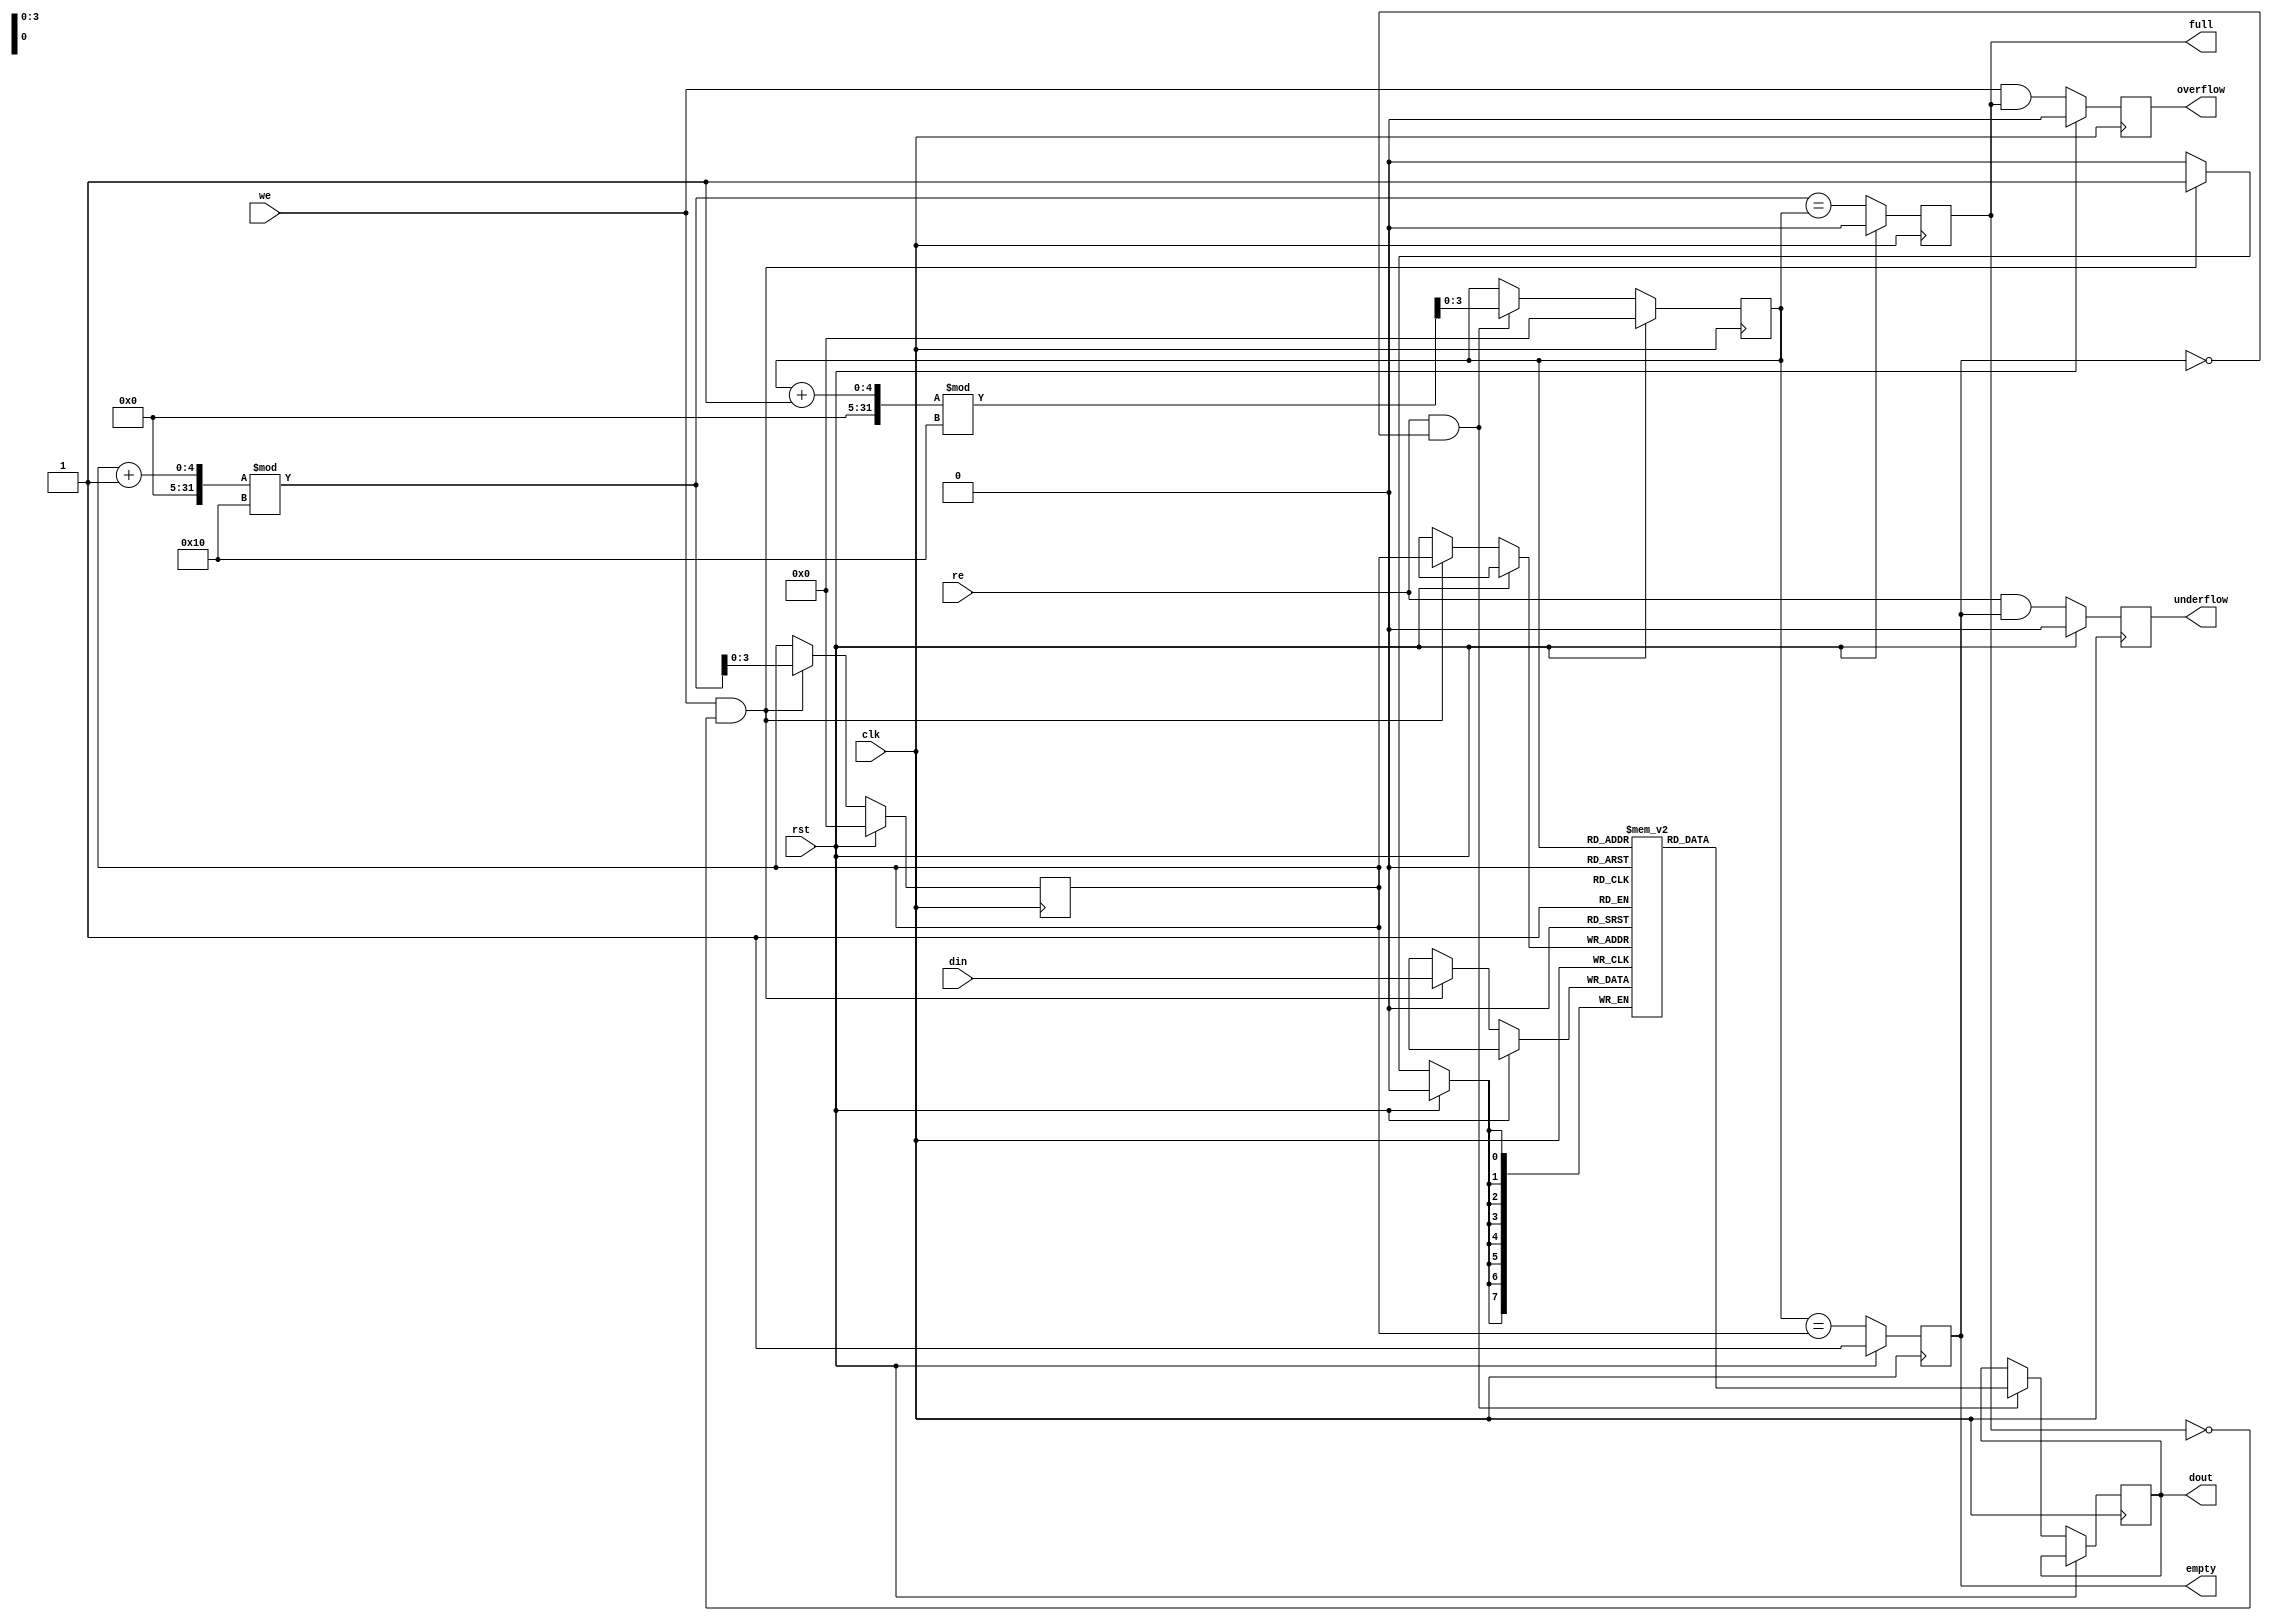
module fifo_sram #(
    parameter DEPTH = 16,     // Depth of the FIFO
    parameter DATA_WIDTH = 8  // Width of each data entry
)(
    input wire clk,           // Clock signal
    input wire rst,           // Reset signal (synchronous)
    input wire we,            // Write enable
    input wire re,            // Read enable
    input wire [DATA_WIDTH-1:0] din,  // Data input
    output reg [DATA_WIDTH-1:0] dout,  // Data output
    output reg full,          // FIFO full flag
    output reg empty,         // FIFO empty flag
    output reg overflow,      // FIFO overflow flag
    output reg underflow      // FIFO underflow flag
);

    // Pointer definitions
    reg [3:0] head;           // Read pointer
    reg [3:0] tail;           // Write pointer
    reg [DATA_WIDTH-1:0] fifo_mem [0:DEPTH-1]; // Memory array

    // Synchronize reset and write/read operations
    always @(posedge clk) begin
        if (rst) begin
            head <= 4'b0000;   // Reset head pointer
            tail <= 4'b0000;   // Reset tail pointer
            full <= 1'b0;      // Reset full flag
            empty <= 1'b1;     // Set empty flag
            overflow <= 1'b0;  // Reset overflow flag
            underflow <= 1'b0; // Reset underflow flag
        end else begin
            // Write operation
            if (we && !full) begin
                fifo_mem[tail] <= din; // Write data to FIFO
                tail <= (tail + 1) % DEPTH; // Increment tail pointer
            end

            // Read operation
            if (re && !empty) begin
                dout <= fifo_mem[head]; // Read data from FIFO
                head <= (head + 1) % DEPTH; // Increment head pointer
            end

            // Update flags
            full <= (tail + 1) % DEPTH == head; // Check for full
            empty <= head == tail;               // Check for empty

            // Overflow and underflow conditions
            overflow <= (we && full);            // Set overflow flag on write to full FIFO
            underflow <= (re && empty);          // Set underflow flag on read from empty FIFO
        end
    end

endmodule